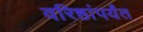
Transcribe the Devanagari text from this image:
वरिष्ठांपर्यंत